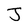
Character: J